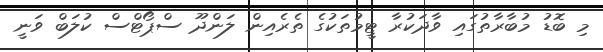
މި ބޮޑު މުބާރާތުގައި ވާދަކުރާ ޓީމުތަކުގެ ތެރެއިން ލަންދޫ ސްޕޯޓްސް ކުލަބް ވަނީ